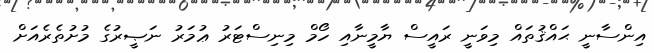
އިންސާނީ ޙައްޤުތައް މިވަނީ ރައީސް ޔާމީނާއި ހޯމް މިނިސްޓަރު ޢުމަރު ނަޞީރުގެ މުށުތެރެއަށް